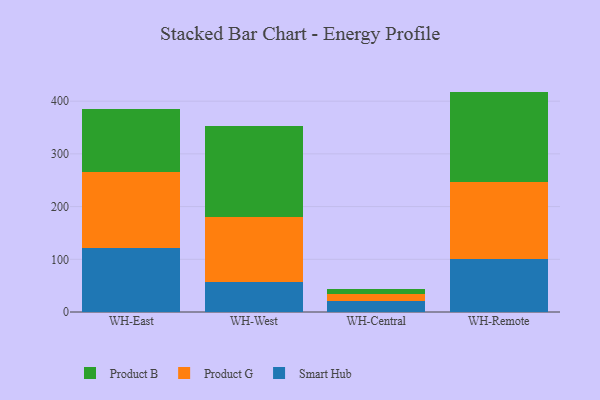
{"axis": {"x": "Warehouse", "y": "Production Output"}, "legend": ["Product B", "Product G", "Smart Hub"], "data": [{"x": "WH-East", "y": 122.1, "type": "Smart Hub"}, {"x": "WH-East", "y": 143.5, "type": "Product G"}, {"x": "WH-East", "y": 119.6, "type": "Product B"}, {"x": "WH-West", "y": 56.9, "type": "Smart Hub"}, {"x": "WH-West", "y": 123.3, "type": "Product G"}, {"x": "WH-West", "y": 172.0, "type": "Product B"}, {"x": "WH-Central", "y": 21.1, "type": "Smart Hub"}, {"x": "WH-Central", "y": 13.1, "type": "Product G"}, {"x": "WH-Central", "y": 9.5, "type": "Product B"}, {"x": "WH-Remote", "y": 100.0, "type": "Smart Hub"}, {"x": "WH-Remote", "y": 147.0, "type": "Product G"}, {"x": "WH-Remote", "y": 171.2, "type": "Product B"}]}